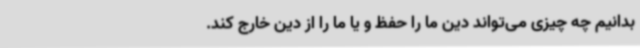
بدانیم چه چیزی می‌تواند دین ما را حفظ و یا ما را از دین خارج کند.